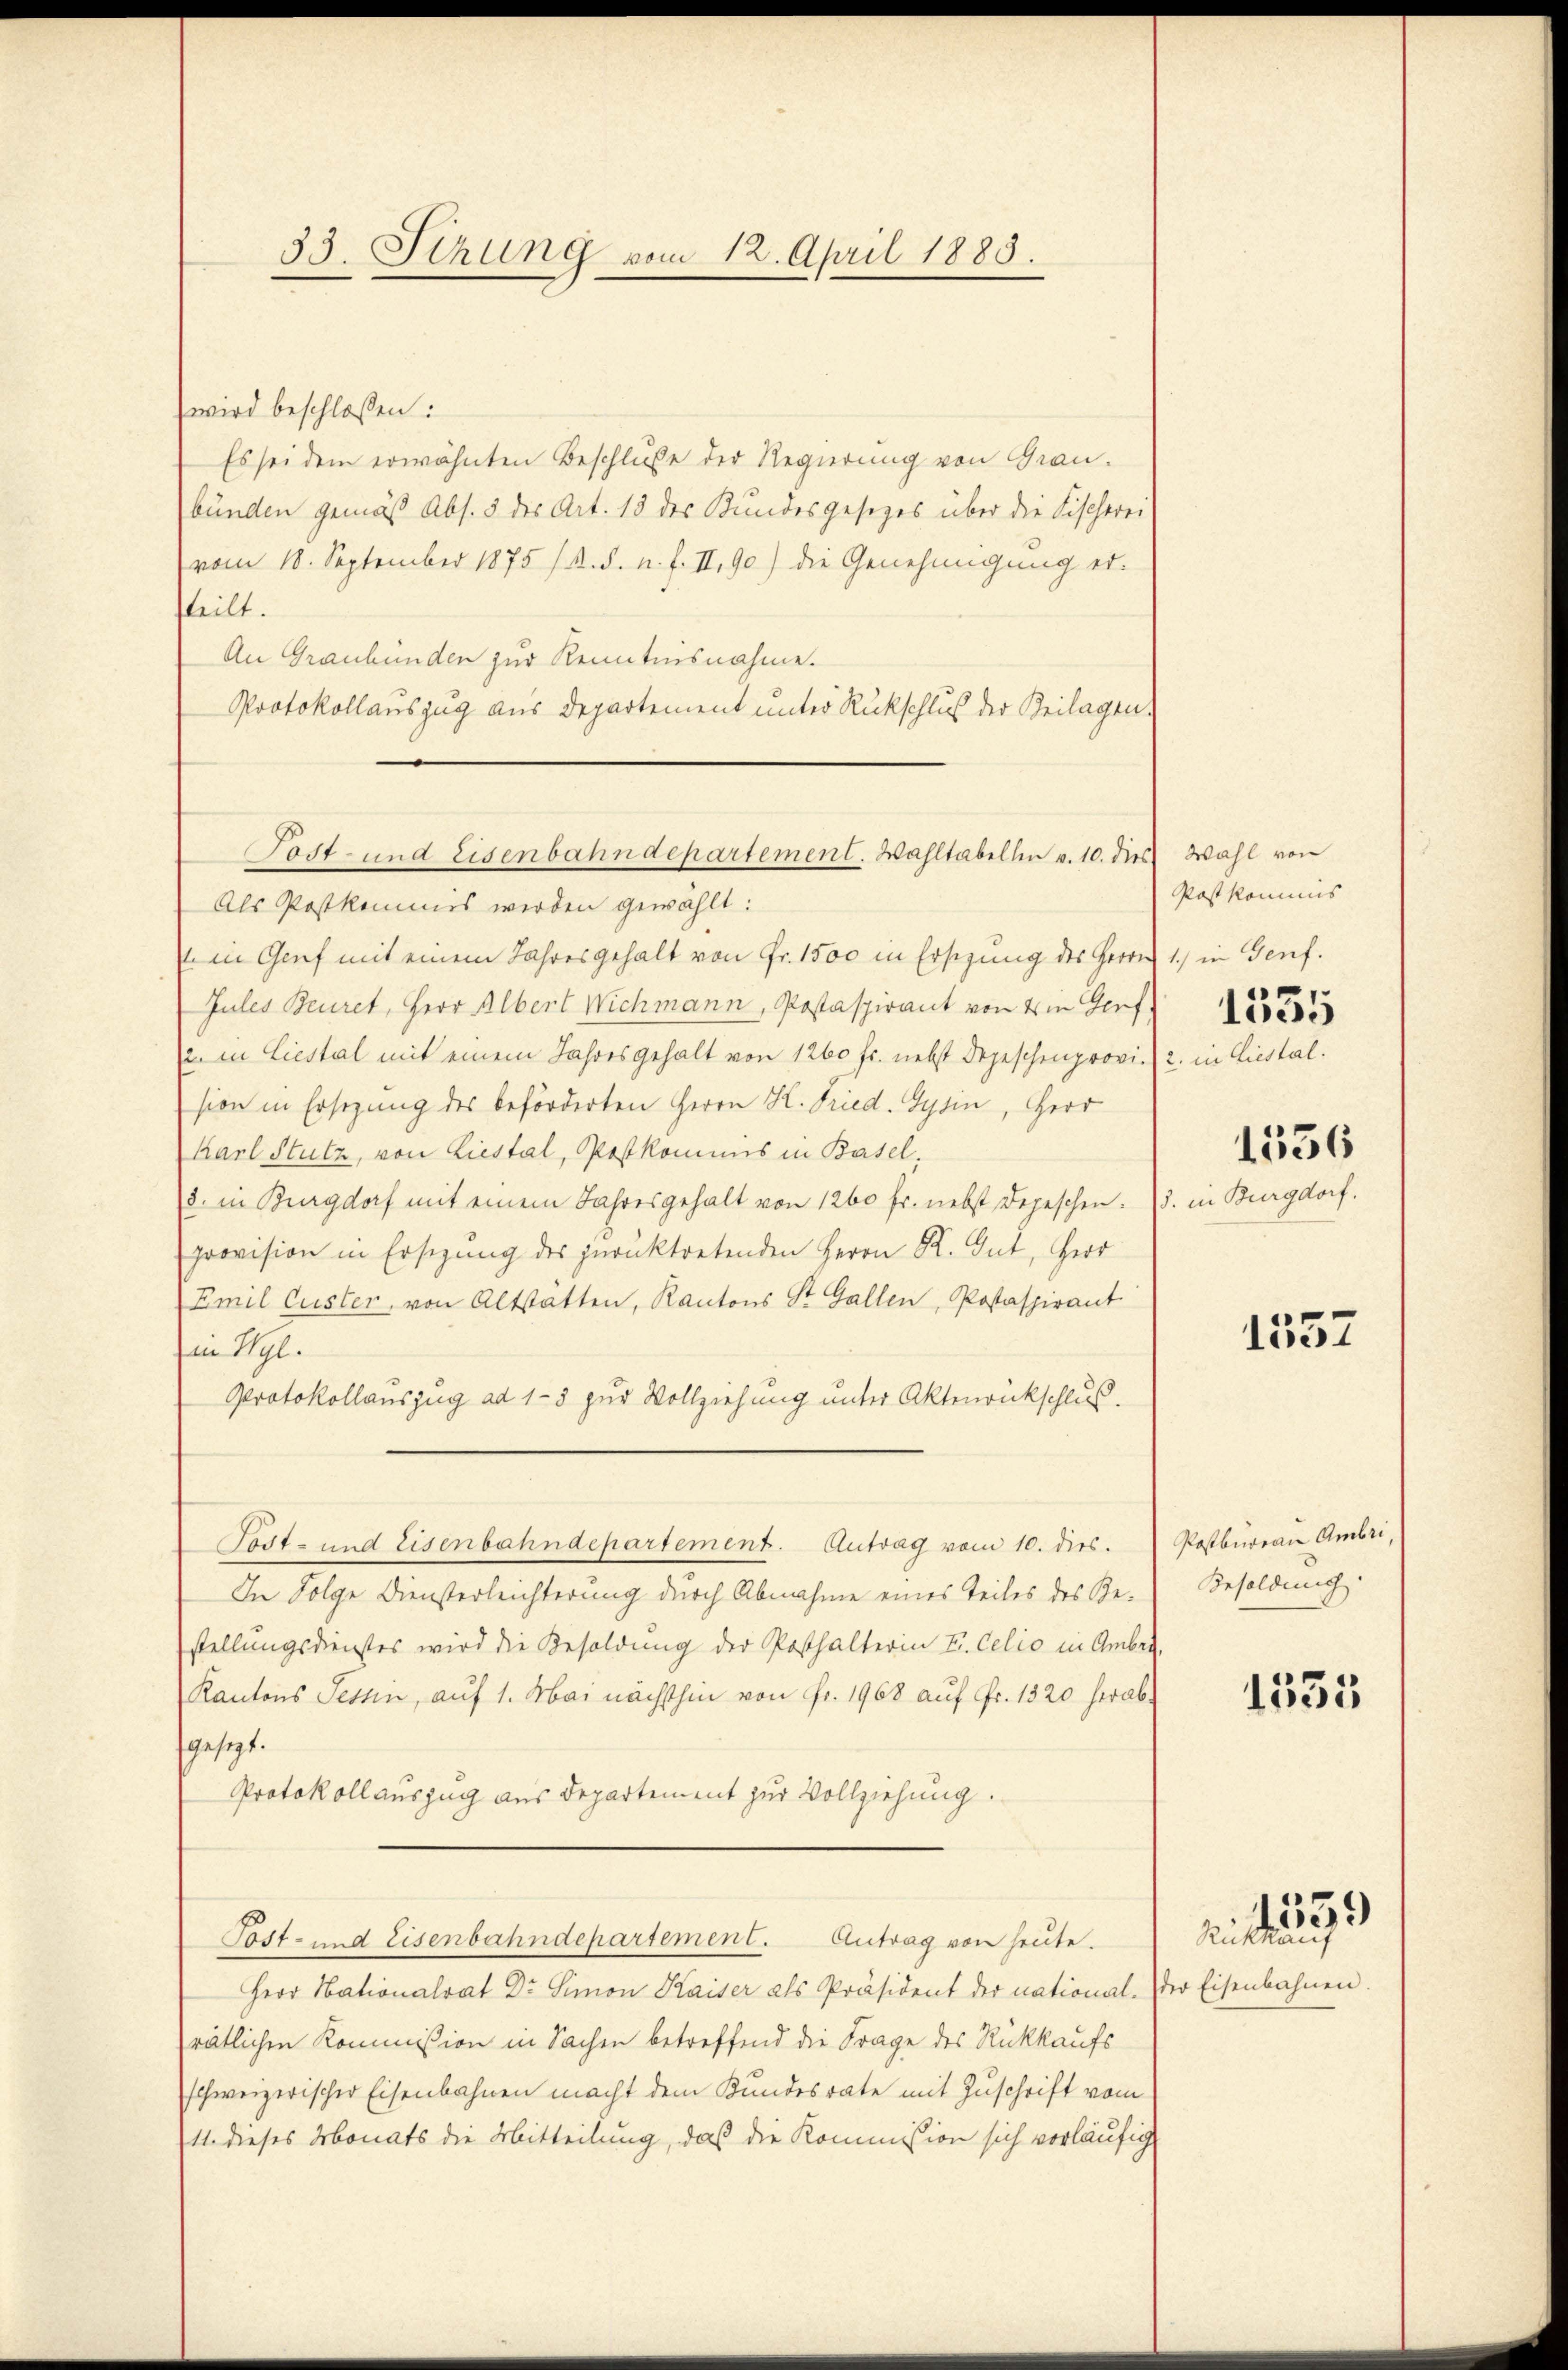
35. Sitzung vom 12. April 1885.

wird beschlossen:
Es sei dem erwähnten Beschluße der Regierung von Grau-
bünden gemäß Abs. 5 des Art. 13 des Kundesgesetzes über die Fischerei
vom 18. September 1875 (s. S. u. f. II,90) die Genehmigung ersteilt.
An Graubünden zur Kenntnisnahme.
Protokollauszug aus Departement unter Rückschluß der Beilagen,
Als Postkommis werden gewählt:
in Genf mit einem Jahresgehalt von Fr. 1500 in Erschung des Herrn 1) in Genf.
Jules Beuret, Herr Albert Wichmann, Postaspirant von 4 in Genf
a. in Liestal mit einem Jahres gehalt von 1260 fr. nebst Depeschenprovision in Ersezung des beförderten Herrn K. Fried. Gysin, Herr
Karl Stutz, von Liestal, Postkommis in Basel.
3. in Burgdorf mit einem Jahresgehalt von 1260 fr. nebst Depeschen.
provision in Ersezung des zurücktretenden Herrn K. Gut, Herr
Emil Custer, von Altstatten, Kantons St. Gallen, Postaspirant
in Ill.
Protokollauszug ad 1-3 zur Vollziehung unter Aktenrückschlus.
Tost- und Eisenbahndepartement. Antrag vom 10. dies.
In Folge Diensterleichterung durch Abnahme eines Teiles des Gestellungsdienstes wird die Besoldung der Posthalterin E. Celio in Amber
Kantons Tessin, auf 1. Mai nächsthin von Fr. 1968 auf Fr. 1320 herabsgesezt.
Protokoll auszug aus Departement zur Vollziehung.
Tost- und Eisenbahndepartement. Antrag von heute.
Herr Nationalrat Dr. Simon Kaiser als Präsident der national. Der Eisenbahnen.
rätlichen Kommission in Sachen betreffend die Frage des Rückkaufs
schweizerischer Eisenbahnen macht dem Kundesrate mit Zuschrift vom
11. dieses Monats die Mitteilung, daß die Kommission sich vorläufig

Tost- und Eisenbahndepartement. Wahltabellen v. 10. dies Wahl von

Postkommis
1535
2. in Liestal.

1. in Burgdorf.

1536

1537

Postburau Ambri,
Besoldung.

1535

1559
Rückkauf